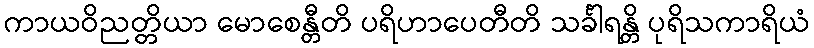
ကာယဝိညတ္တိယာ မောစေန္တီတိ ပရိဟာပေတီတိ သင်္ခါရန္တိ ပုရိသကာရိယံ